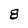
Character: 8